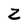
Character: Z